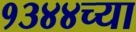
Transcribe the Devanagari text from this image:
१३४४च्या